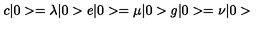
c \vert 0 > = \lambda \vert 0 > e \vert 0 > = \mu \vert 0 > g \vert 0 > = \nu \vert 0 >